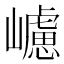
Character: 𡾅